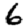
Digit: 6